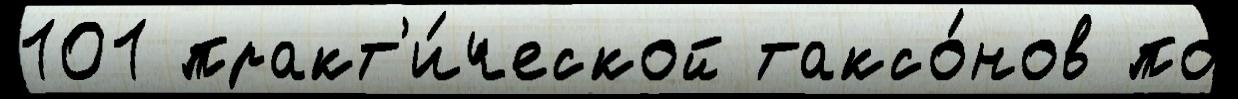
101 практ'и́ческой таксо́нов по